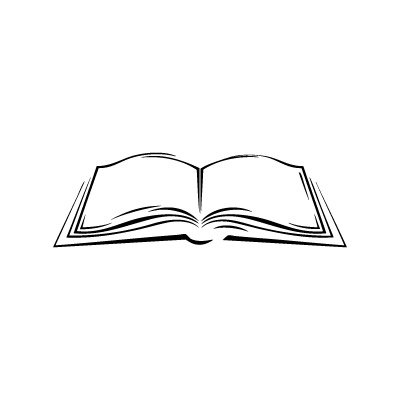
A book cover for Analog Methods for Computer-Aided Circuit Analysis and Diagnosis (Electrical and Computer Engineering); Richard S. Engelmeier; Medical Books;